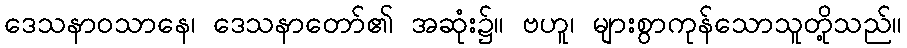
ဒေသနာဝသာနေ၊ ဒေသနာတော်၏ အဆုံး၌။ ဗဟူ၊ များစွာကုန်သောသူတို့သည်။